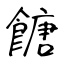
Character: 餹